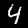
Digit: 4